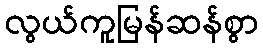
လွယ်ကူမြန်ဆန်စွာ